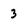
Character: 3